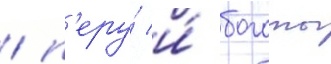
/ п'еру́ и́ боготы